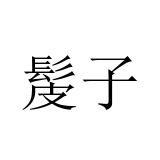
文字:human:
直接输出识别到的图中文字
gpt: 髲子